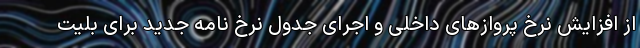
از افزایش نرخ پروازهای داخلی و اجرای جدول نرخ نامه جدید برای بلیت